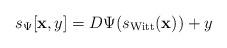
LaTeX: \begin{align*}s_{\Psi}[\mathbf{x},y]=D\Psi(s_{\mathrm{Witt}}(\mathbf{x}))+y \end{align*}